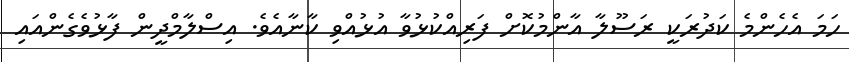
ހަމަ އެހެންމެ ކަދުރަކީ ރަސޫލާ އާންމުކޮށް ފަރިއްކުޅުވާ އުޅުއްވި ކާނާއެވެ. އިސްލާމްދީން ފާޅުވެގެންއައި